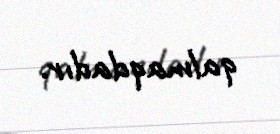
qalmaqdadır.